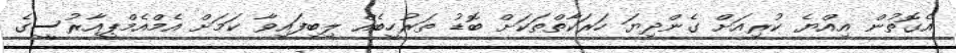
އެގޮތުން އިއްޔެ ކުރިއަށް ގެންދިޔަ ހަރަކާތްތަކަށް ބޮޑު ތަރުހީބެެއް ލިބިފައިވާ ކަަމަށް އެމްއެމްޕީއާރުސީގެ